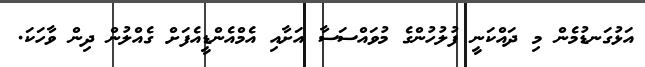
އަޅުގަނޑުމެން މި ދައްކަނީ ފުލުހުންގެ މުވައްސަސާ އަށާއި އެމްއެންޑީއެފަށް ގެއްލުން ދިން ވާހަކަ.